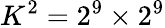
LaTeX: K^{2}=2^{9}\times 2^{9}